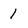
Character: 1